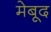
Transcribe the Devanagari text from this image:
मेबूद